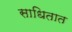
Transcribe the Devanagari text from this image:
साधितात